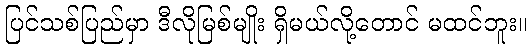
ပြင်သစ်ပြည်မှာ ဒီလိုမြစ်မျိုး ရှိမယ်လို့တောင် မထင်ဘူး။